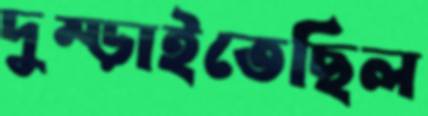
দুম্‌ড়াইতেছিল